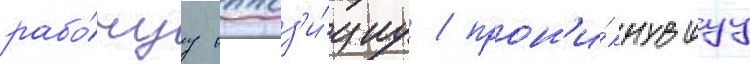
рабо́чуу оппоз'и́циу / прон'и́кнувшуу